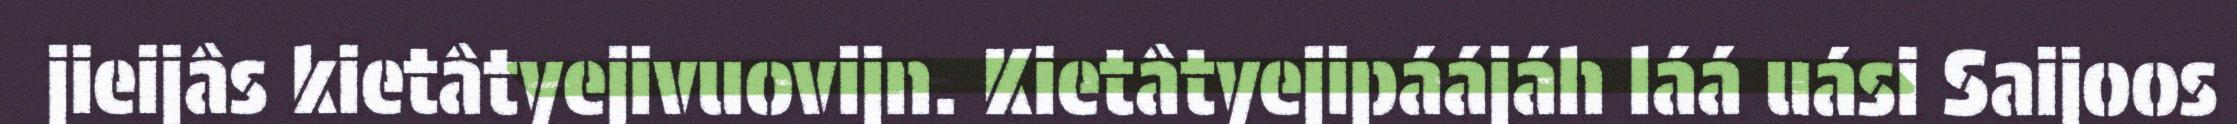
jieijâs kietâtyejivuovijn. Kietâtyejipáájáh láá uási Saijoos